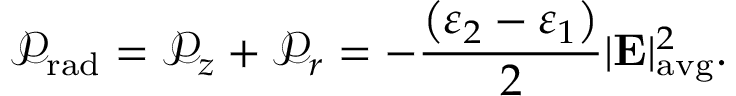
\mathcal { P } _ { \mathrm { r a d } } = \mathcal { P } _ { z } + \mathcal { P } _ { r } = - \frac { \left( \varepsilon _ { 2 } - \varepsilon _ { 1 } \right) } { 2 } | \mathbf E | _ { \mathrm { a v g } } ^ { 2 } .